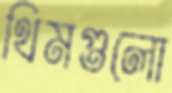
থিমগুলো